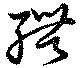
聘